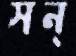
সন্